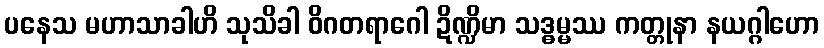
ပနေသ မဟာသာခါဟိ သုသိခါ ဝိဂတရာဂေါ ဍိဏ္ဍိမာ သဒ္ဓမ္မဿ ကတ္တုနာ နယဂ္ဂါဟော